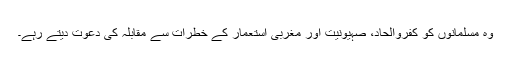
وہ مسلمانوں کو کفروالحاد، صہیونیت اور مغربی استعمار کے خطرات سے مقابلہ کی دعوت دیتے رہے۔